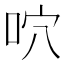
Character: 𠱇